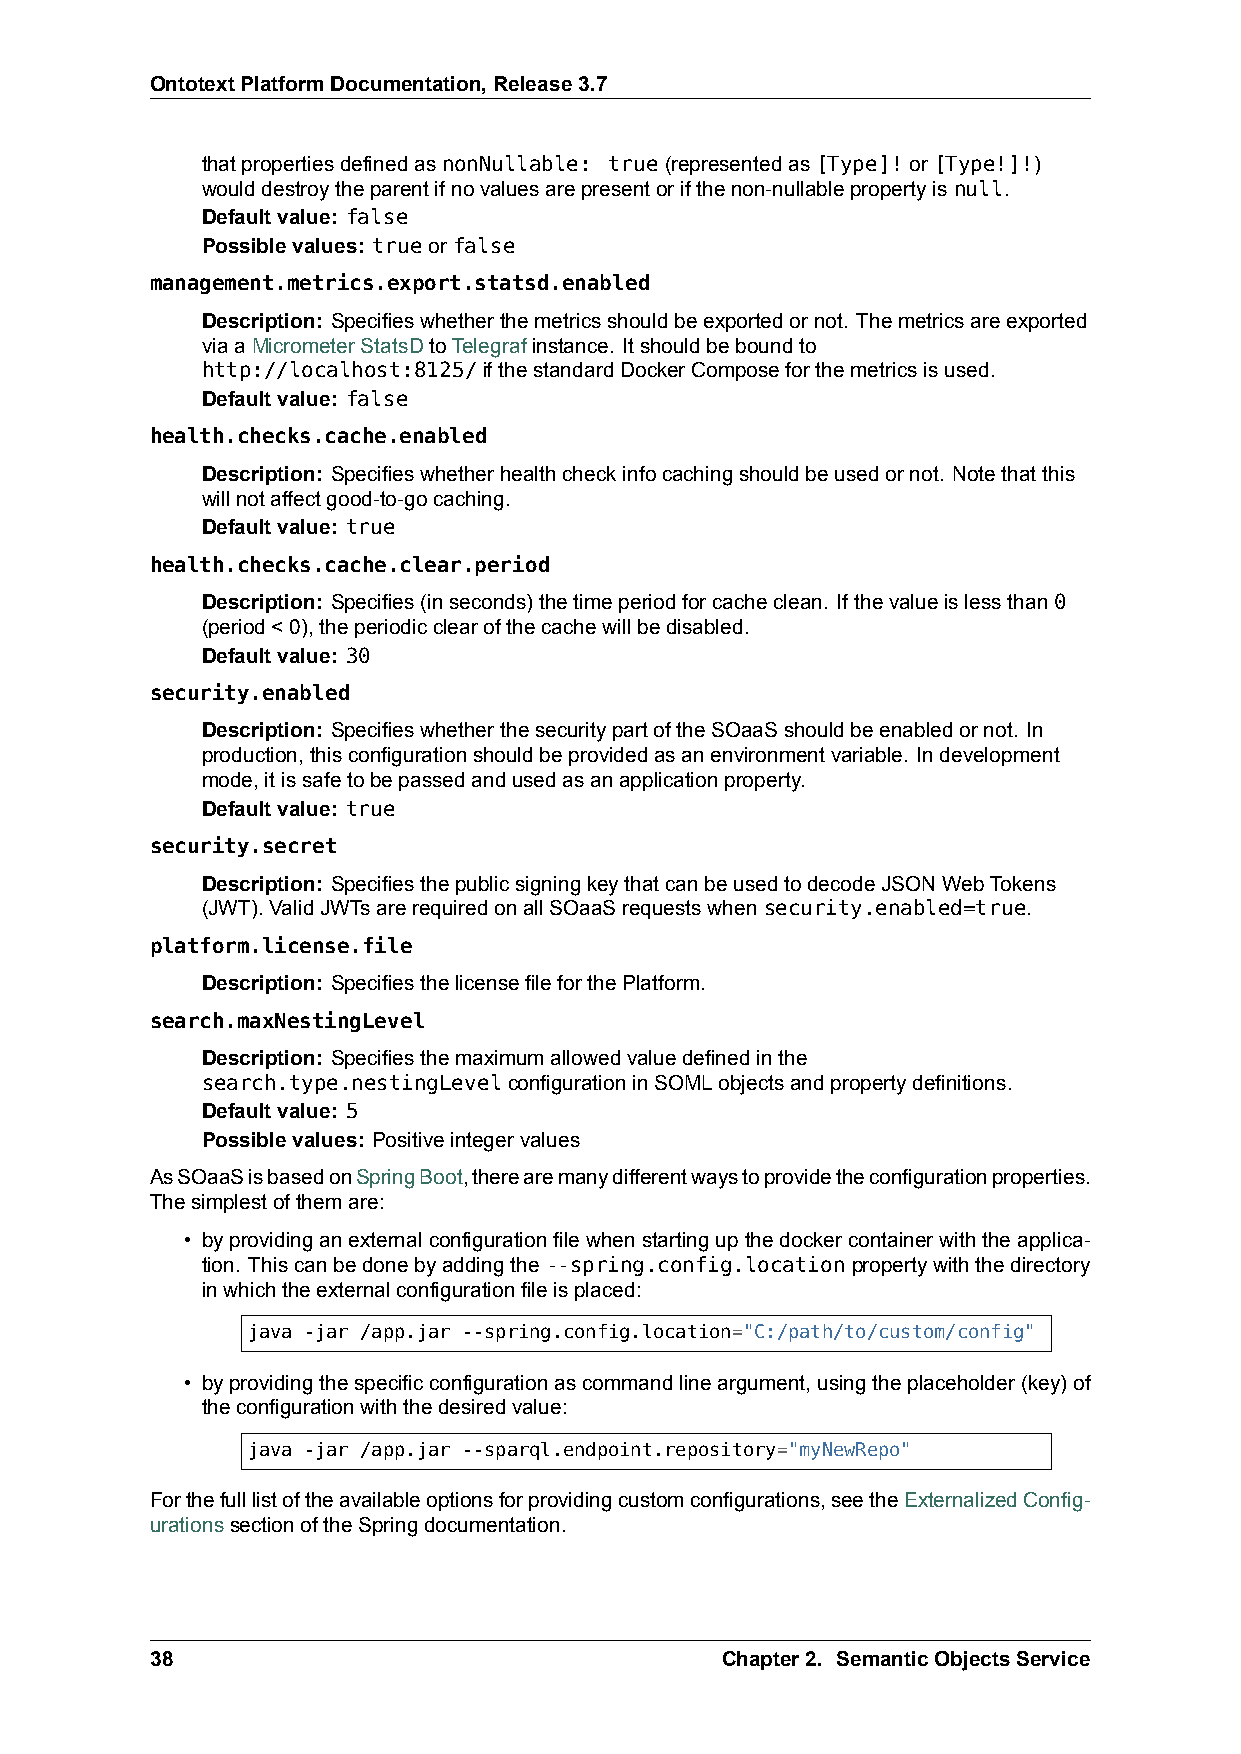
OntotextPlatformDocumentation,Release3.7
 thatpropertiesdefinedasnonNullable: true(representedas[Type]!or[Type!]!)
 woulddestroytheparentifnovaluesarepresentorifthenon-nullablepropertyisnull.
 Defaultvalue: false
 Possiblevalues: trueorfalse
 management.metrics.export.statsd.enabled
 Description: Specifieswhetherthemetricsshouldbeexportedornot. Themetricsareexported
 viaaMicrometerStatsDtoTelegrafinstance. Itshouldbeboundto
 http://localhost:8125/ifthestandardDockerComposeforthemetricsisused.
 Defaultvalue: false
 health.checks.cache.enabled
 Description: Specifieswhetherhealthcheckinfocachingshouldbeusedornot. Notethatthis
 willnotaffectgood-to-gocaching.
 Defaultvalue: true
 health.checks.cache.clear.period
 Description: Specifies(inseconds)thetimeperiodforcacheclean. Ifthevalueislessthan0
 (period<0),theperiodicclearofthecachewillbedisabled.
 Defaultvalue: 30
 security.enabled
 Description: SpecifieswhetherthesecuritypartoftheSOaaSshouldbeenabledornot. In
 production,thisconfigurationshouldbeprovidedasanenvironmentvariable. Indevelopment
 mode,itissafetobepassedandusedasanapplicationproperty.
 Defaultvalue: true
 security.secret
 Description: SpecifiesthepublicsigningkeythatcanbeusedtodecodeJSONWebTokens
 (JWT).ValidJWTsarerequiredonallSOaaSrequestswhensecurity.enabled=true.
 platform.license.file
 Description: SpecifiesthelicensefileforthePlatform.
 search.maxNestingLevel
 Description: Specifiesthemaximumallowedvaluedefinedinthe
 search.type.nestingLevelconfigurationinSOMLobjectsandpropertydefinitions.
 Defaultvalue: 5
 Possiblevalues: Positiveintegervalues
 AsSOaaSisbasedonSpringBoot,therearemanydifferentwaystoprovidetheconfigurationproperties.
 Thesimplestofthemare:
 • byprovidinganexternalconfigurationfilewhenstartingupthedockercontainerwiththeapplica-
 tion. Thiscanbedonebyaddingthe--spring.config.locationpropertywiththedirectory
 inwhichtheexternalconfigurationfileisplaced:
 java -jar /app.jar --spring.config.location="C:/path/to/custom/config"
 • byprovidingthespecificconfigurationascommandlineargument,usingtheplaceholder(key)of
 theconfigurationwiththedesiredvalue:
 java -jar /app.jar --sparql.endpoint.repository="myNewRepo"
 Forthefulllistoftheavailableoptionsforprovidingcustomconfigurations,seetheExternalizedConfig-
 urationssectionoftheSpringdocumentation.
 38                                    Chapter2. SemanticObjectsService